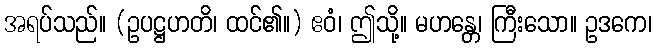
အရပ်သည်။ (ဥပဋ္ဌဟတိ၊ ထင်၏။) ဧဝံ၊ ဤသို့။ မဟန္တေ၊ ကြီးသော။ ဥဒကေ၊